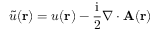
\widetilde { u } ( \mathbf { r } ) = u ( \mathbf { r } ) - \frac { \mathrm { i } } { 2 } \nabla \cdot \mathbf { A } ( \mathbf { r } )